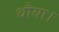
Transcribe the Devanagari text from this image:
धौया।